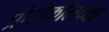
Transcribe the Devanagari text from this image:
प्रोटोकॉलच्या